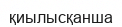
қиылысқанша